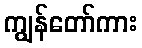
ကျွန်တော်ကား